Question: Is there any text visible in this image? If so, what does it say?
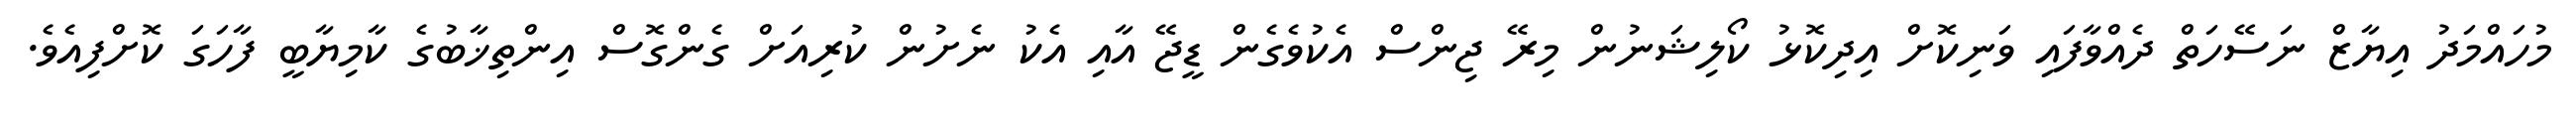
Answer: މުހައްމަދު އިޔާޒް ނަސޭހަތް ދެއްވާފައި ވަނިކޮށް އިދިކޮޅު ކޯލިޝަނުން މިރޭ ޖިންސް އެކުވެގެން ޑީޖޭ އާއި އެކު ނެށުން ކުރިއަށް ގެންގޮސް އިންތިޚާބުގެ ކާމިޔާބީ ފާހަގަ ކޮށްފިއެވެ.